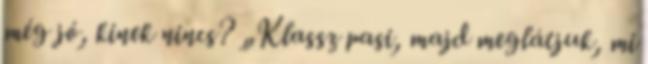
még jó, kinek nincs? „Klassz pasi, majd meglátjuk, mi